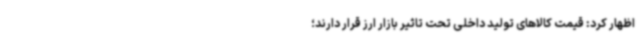
اظهار کرد: قیمت کالاهای تولید داخلی تحت تاثیر بازار ارز قرار دارند؛